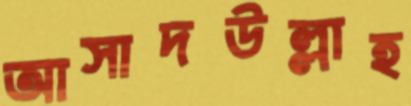
আসাদউল্লাহ